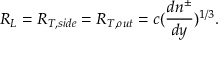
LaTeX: R _ { L } = R _ { T , s i d e } = R _ { T , o u t } = c ( { \frac { d n ^ { \pm } } { d y } } ) ^ { 1 / 3 } .